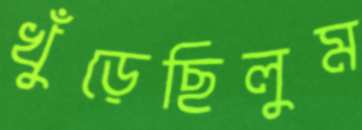
খুঁড়েছিলুম